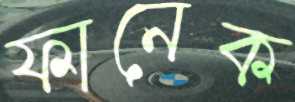
ফানেক